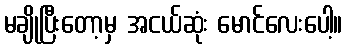
မချိုပြီးတော့မှ အငယ်ဆုံး မောင်လေးပေါ့။